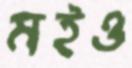
মইও